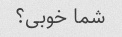
شما خوبی؟